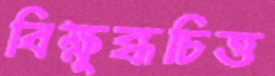
বিক্ষুব্ধচিত্ত